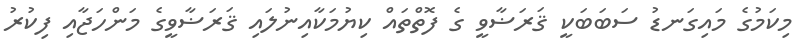
މިކަމުގެ މައިގަނޑު ސަބަބަކީ ޤަރަޟާވީ ގެ ފޮތްތައް ކިޔުމަކާއިނުލައި ޤަަރަޟާވީގެ މަންހަޖާއި ފިކުރު